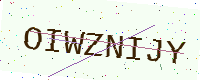
Text: OIWZNIJY